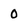
Character: 0